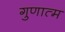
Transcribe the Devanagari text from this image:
गुणात्म